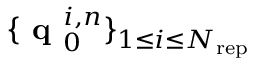
\lbrace \textbf { q } _ { 0 } ^ { i , n } \rbrace _ { 1 \leq i \leq N _ { \mathrm { r e p } } }